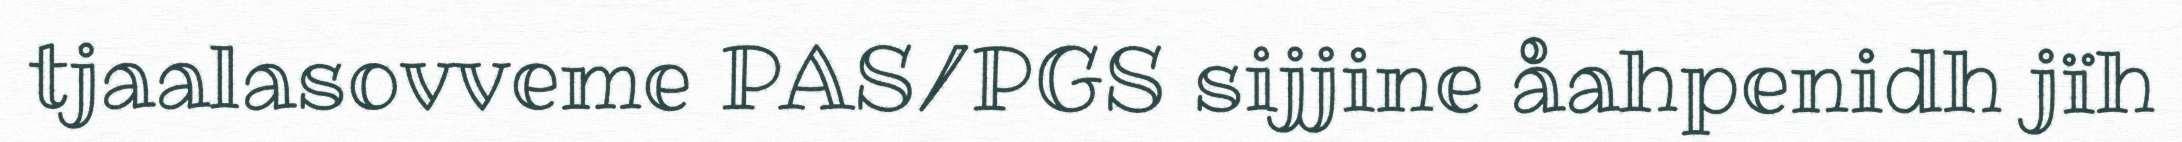
tjaalasovveme PAS/PGS sijjine åahpenidh jïh